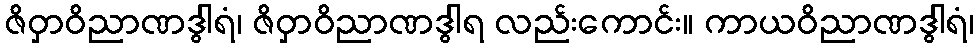
ဇိဝှာဝိညာဏဒွါရံ၊ ဇိဝှာဝိညာဏဒွါရ လည်းကောင်း။ ကာယဝိညာဏဒွါရံ၊